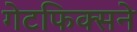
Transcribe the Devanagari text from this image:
गेटफिक्सने